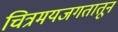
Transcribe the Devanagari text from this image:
चित्रमयजगतातून